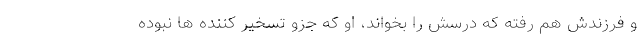
و فرزندش هم رفته که درسش را بخواند، او که جزو تسخیر کننده ها نبوده